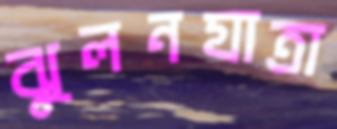
ঝুলনযাত্রা